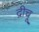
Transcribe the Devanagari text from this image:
द्रीचू